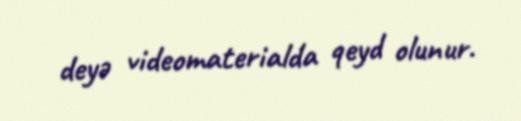
deyə videomaterialda qeyd olunur.